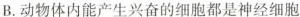
B.动物体内能产生兴奋的细胞都是神经细胞